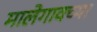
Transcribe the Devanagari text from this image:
मालेगावच्या